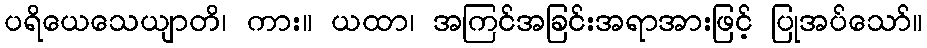
ပရိယေသေယျာတိ၊ ကား။ ယထာ၊ အကြင်အခြင်းအရာအားဖြင့် ပြုအပ်သော်။